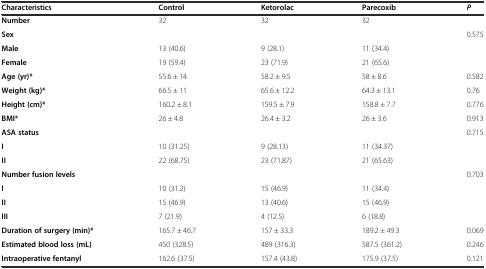
<table><thead><tr><td><b>Characteristics</b></td><td><b>Control</b></td><td><b>Ketorolac</b></td><td><b>Parecoxib</b></td><td><b><i>P</i></b></td></tr></thead><tbody><tr><td><b>Number</b></td><td>32</td><td>32</td><td>32</td><td></td></tr><tr><td><b>Sex</b></td><td></td><td></td><td></td><td>0.575</td></tr><tr><td><b>Male</b></td><td>13 (40.6)</td><td>9 (28.1)</td><td>11 (34.4)</td><td></td></tr><tr><td><b>Female</b></td><td>19 (59.4)</td><td>23 (71.9)</td><td>21 (65.6)</td><td></td></tr><tr><td><b>Age (yr)*</b></td><td>55.6 ± 14</td><td>58.2 ± 9.5</td><td>58 ± 8.6</td><td>0.582</td></tr><tr><td><b>Weight (kg)*</b></td><td>66.5 ± 11</td><td>65.6 ± 12.2</td><td>64.3 ± 13.1</td><td>0.76</td></tr><tr><td><b>Height (cm)*</b></td><td>160.2 ± 8.1</td><td>159.5 ± 7.9</td><td>158.8 ± 7.7</td><td>0.776</td></tr><tr><td><b>BMI*</b></td><td>26 ± 4.8</td><td>26.4 ± 3.2</td><td>26 ± 3.6</td><td>0.913</td></tr><tr><td><b>ASA status</b></td><td></td><td></td><td></td><td>0.715</td></tr><tr><td><b>I</b></td><td>10 (31.25)</td><td>9 (28.13)</td><td>11 (34.37)</td><td></td></tr><tr><td><b>II</b></td><td>22 (68.75)</td><td>23 (71.87)</td><td>21 (65.63)</td><td></td></tr><tr><td><b>Number fusion levels</b></td><td></td><td></td><td></td><td>0.703</td></tr><tr><td><b>I</b></td><td>10 (31.2)</td><td>15 (46.9)</td><td>11 (34.4)</td><td></td></tr><tr><td><b>II</b></td><td>15 (46.9)</td><td>13 (40.6)</td><td>15 (46.9)</td><td></td></tr><tr><td><b>III</b></td><td>7 (21.9)</td><td>4 (12.5)</td><td>6 (18.8)</td><td></td></tr><tr><td><b>Duration of surgery (min)*</b></td><td>165.7 ± 46.7</td><td>157 ± 33.3</td><td>189.2 ± 49.3</td><td>0.069</td></tr><tr><td><b>Estimated blood loss (mL)</b></td><td>450 (328.5)</td><td>489 (316.3)</td><td>587.5 (361.2)</td><td>0.246</td></tr><tr><td><b>Intraoperative fentanyl</b></td><td>162.6 (37.5)</td><td>157.4 (43.8)</td><td>175.9 (37.5)</td><td>0.121</td></tr></tbody></table>